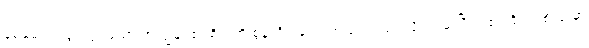
မေမေက လွင့်သွားသော အကျွန်ုပ်၏ စိတ်ကို စွန်လိုက်သော ကလေးပမာ လိုက်ဖမ်းပြီး ရစ် ကြိုး တစ်လုံးမှာ